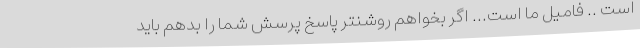
است .. فامیل ما است... اگر بخواهم روشنتر پاسخ پرسش شما را بدهم باید